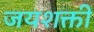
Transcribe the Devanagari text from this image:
जयशक्ती